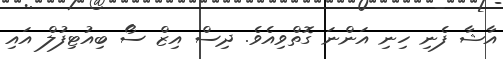
އާޝާ ފެނި ހިނި އަންނަ ގޮތްވިއެވެ. ދިސް އިޒް ސޯ ބިއުޓިފުލް އައި